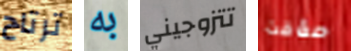
ترتاح به تتزوجيني مؤقت